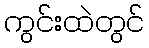
ကွင်းထဲတွင်